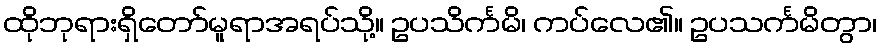
ထိုဘုရားရှိတော်မူရာအရပ်သို့။ ဥပသိင်္ကမိ၊ ကပ်လေ၏။ ဥပသင်္ကမိတွာ၊